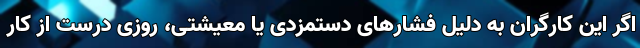
اگر این کارگران به دلیل فشارهای دستمزدی یا معیشتی، روزی درست از کار